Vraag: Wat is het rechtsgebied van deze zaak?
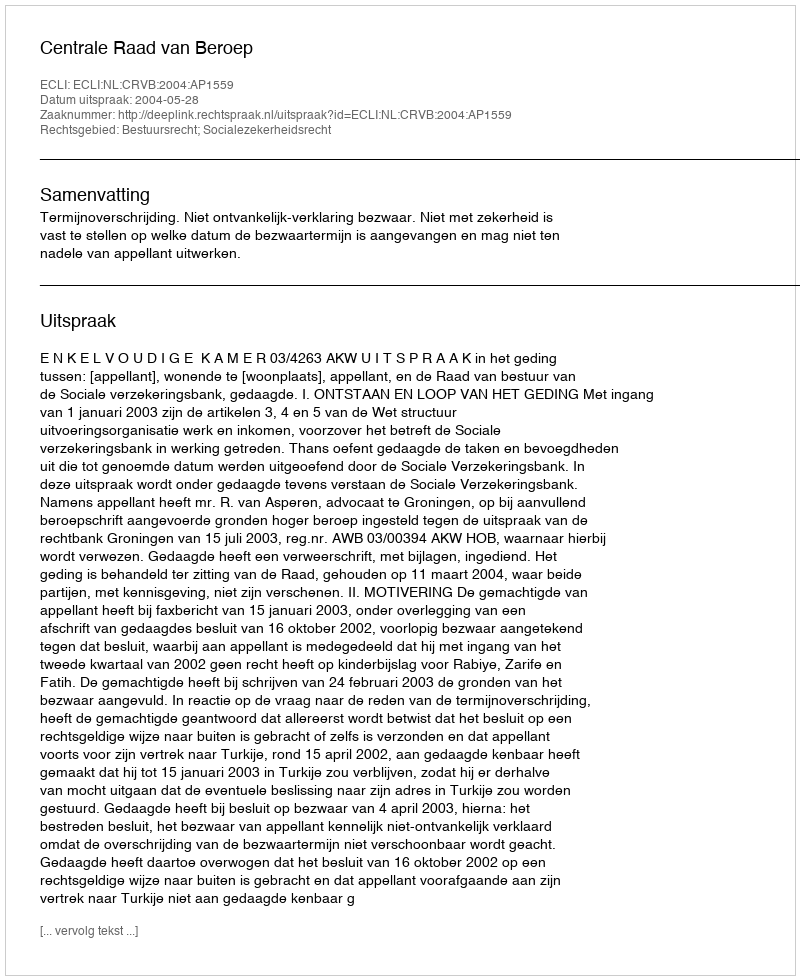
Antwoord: Bestuursrecht; Socialezekerheidsrecht